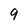
Character: 9